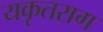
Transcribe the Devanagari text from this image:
यकृतराग